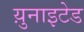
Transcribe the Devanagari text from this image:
य़ुनाइटेड